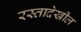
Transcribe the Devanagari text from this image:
रस्तादेखील